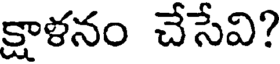
క్షాళనం చేసేవి?